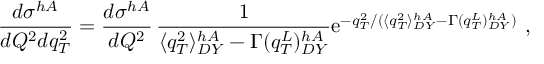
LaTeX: \frac { d \sigma ^ { h A } } { d Q ^ { 2 } d q _ { T } ^ { 2 } } = \frac { d \sigma ^ { h A } } { d Q ^ { 2 } } \, \frac { 1 } { \langle q _ { T } ^ { 2 } \rangle _ { D Y } ^ { h A } - \Gamma ( q _ { T } ^ { L } ) _ { D Y } ^ { h A } } \mathrm { e } ^ { - q _ { T } ^ { 2 } / ( \langle q _ { T } ^ { 2 } \rangle _ { D Y } ^ { h A } - \Gamma ( q _ { T } ^ { L } ) _ { D Y } ^ { h A } ) } \ ,